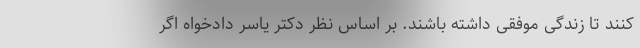
کنند تا زندگی موفقی داشته باشند. بر اساس نظر دکتر یاسر دادخواه اگر